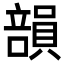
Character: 𥪾